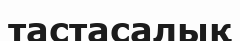
тастасалық